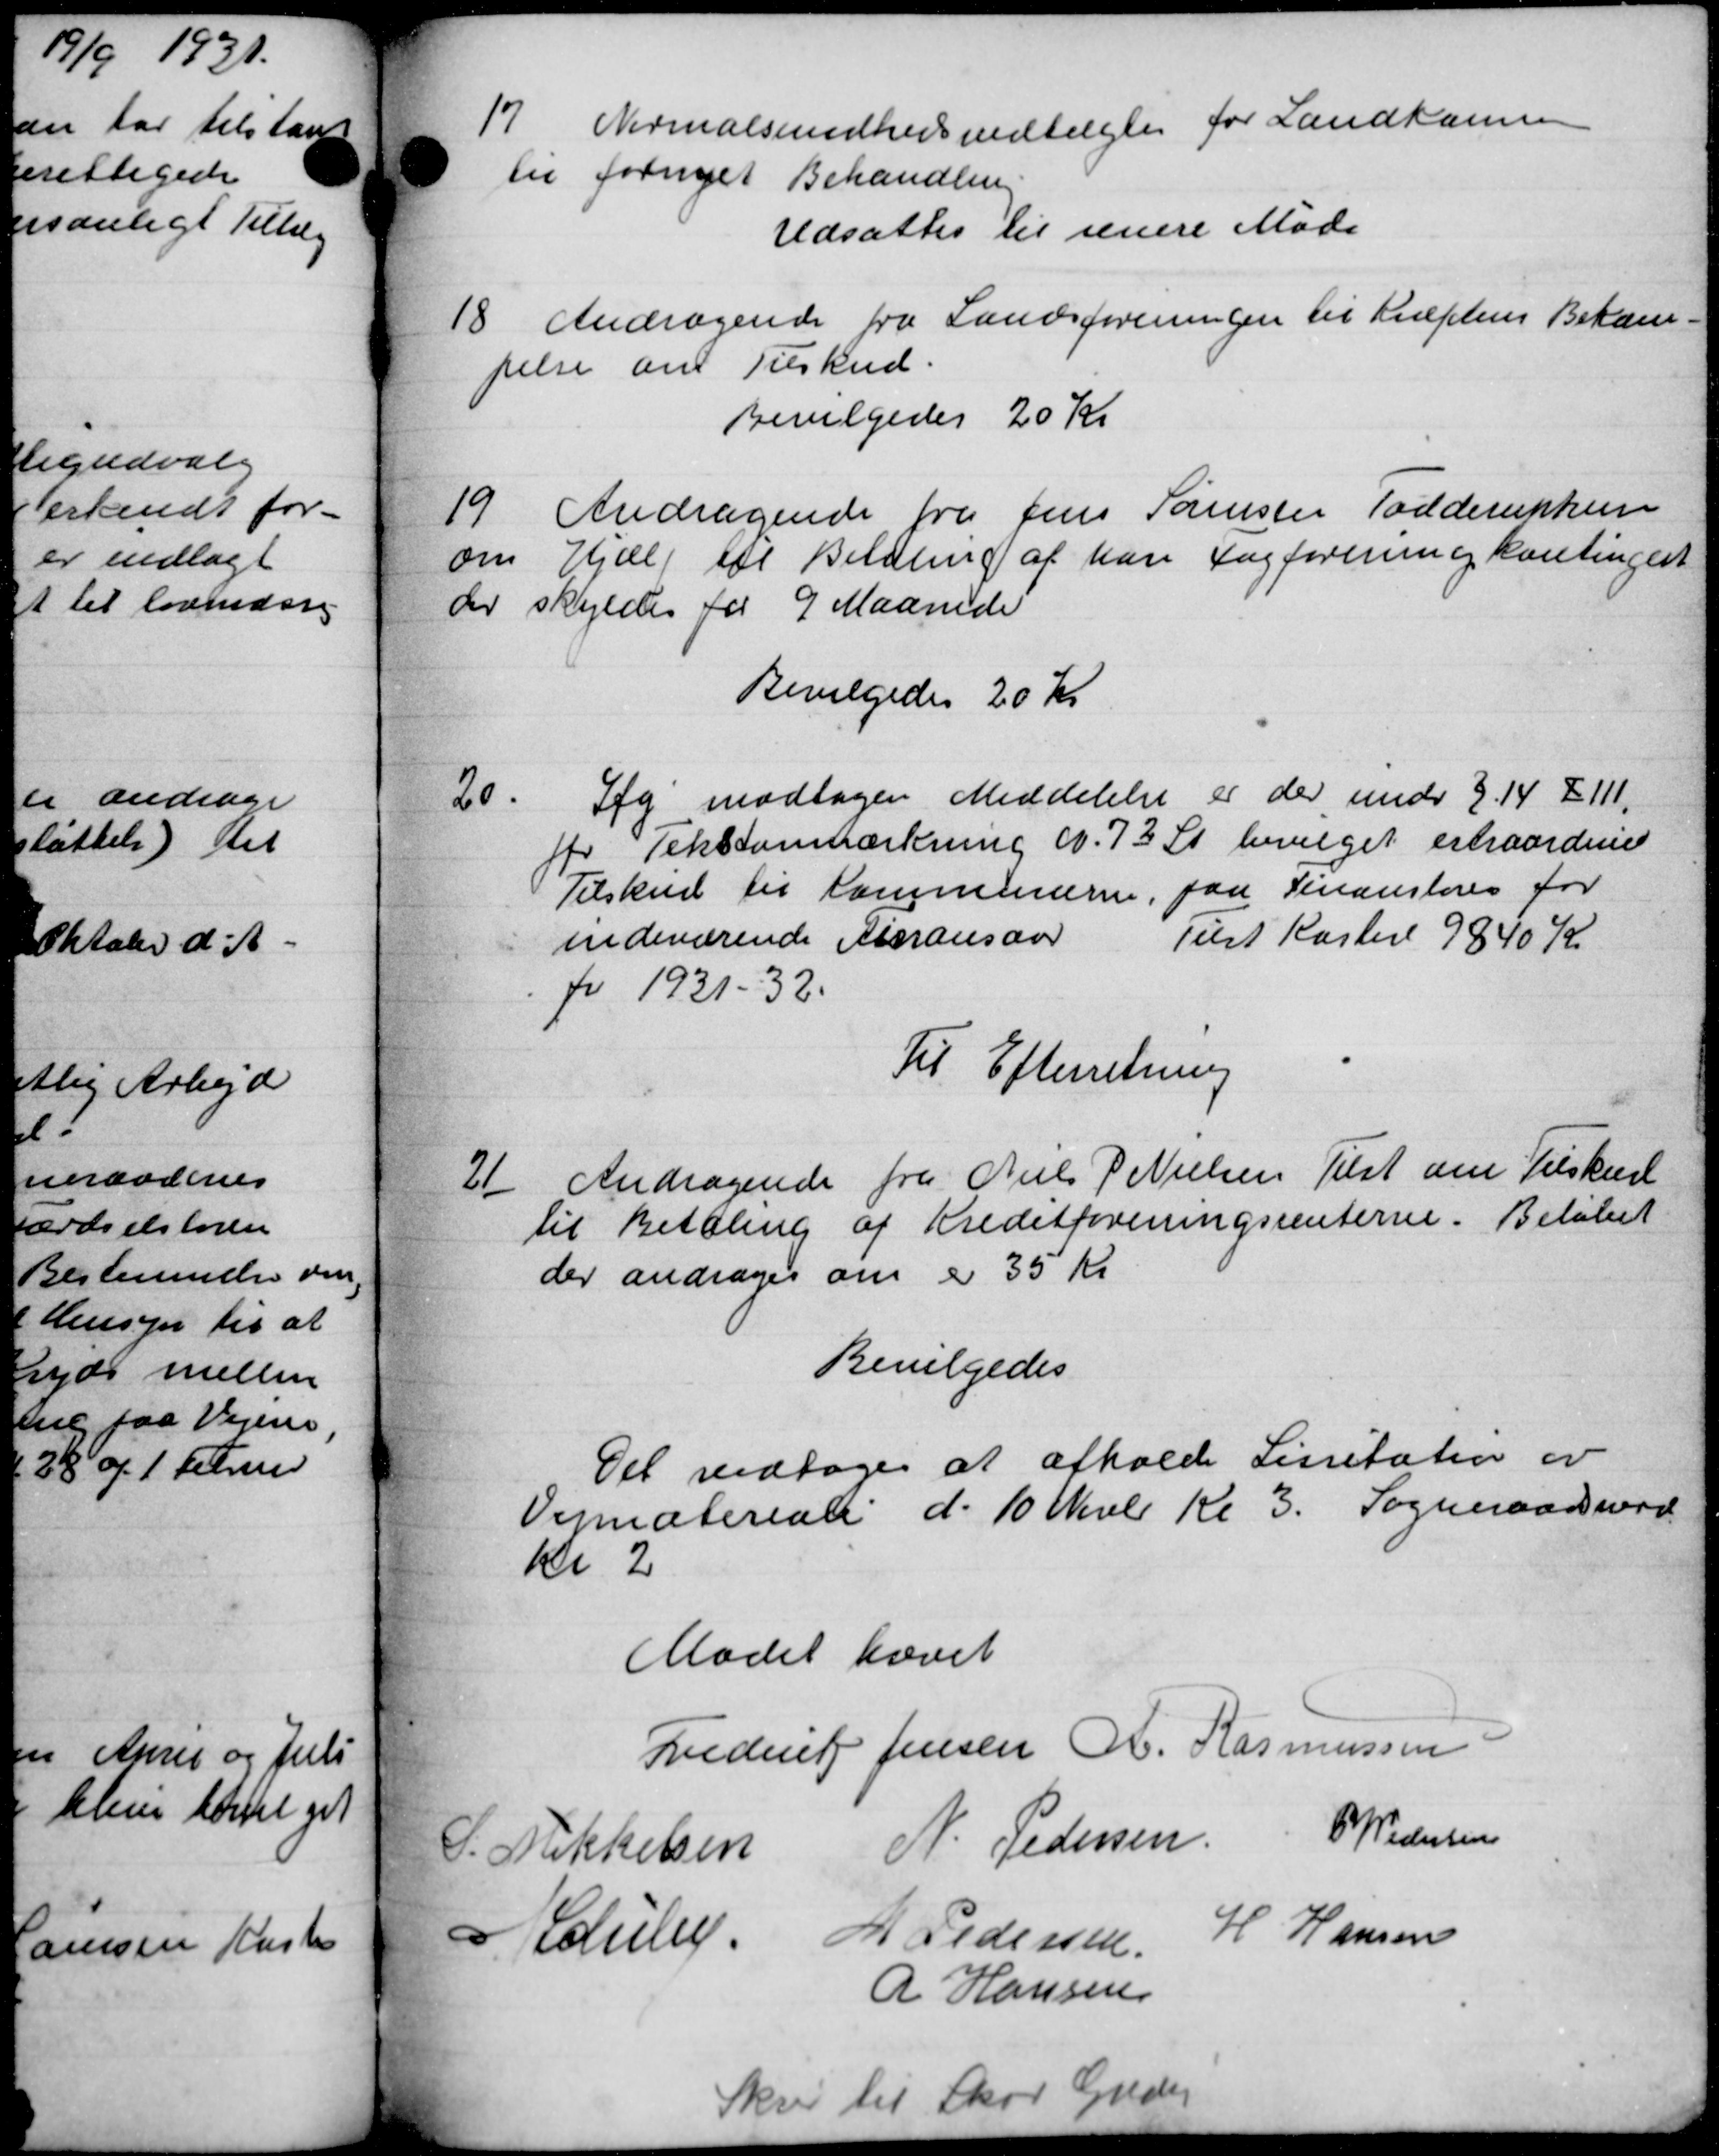
Transskription:
17
Normalsundhedsvedtægter for Landkomme
til fornyet Behandlin
Udsattes til senere Møde
18.
Andragende fra Landsforeningen til Kræftens Bekæm-
pelse om Tilskud.
Bevilgedes 20 Kr
19.
Andragende fra Jens Sørensen Todderukken
om Hjælp til Betaling af han Fagforening kontingent
der skyldes for 9 Maanede
Bevilgedes 20 Kr
Iag modtager Meddelelse er der under 3.14 § 111,
20
fr Tekstomærkning d. 73 St. bevilget erhaardene
Tilskud til Kommunerne, paa Finansteres for
indeværende Stransaar
Tilst Kaster 9840 Kr.
for 1931-32.
Til Efterretning
21
Andragende fra Niels P Nielsen Tilst om Tilskud
til Betaling af Kreditforeningsrenterne. Beløbet
der andrager om er 35 Kr
Bevilgedes
Det vedtoges at afholde Lissitation er
Vejmateriale d. 10 Nvbr Kl 3. Sogneraadsmød
Kr 2
Mødet hævet
Frederik Jensen A. Rasmussen
Mikkelsen N. Pedersen P Pedersen
Lauly. M Pedersen
H Hansen
R Hansen
Skriv til Skov Grdej